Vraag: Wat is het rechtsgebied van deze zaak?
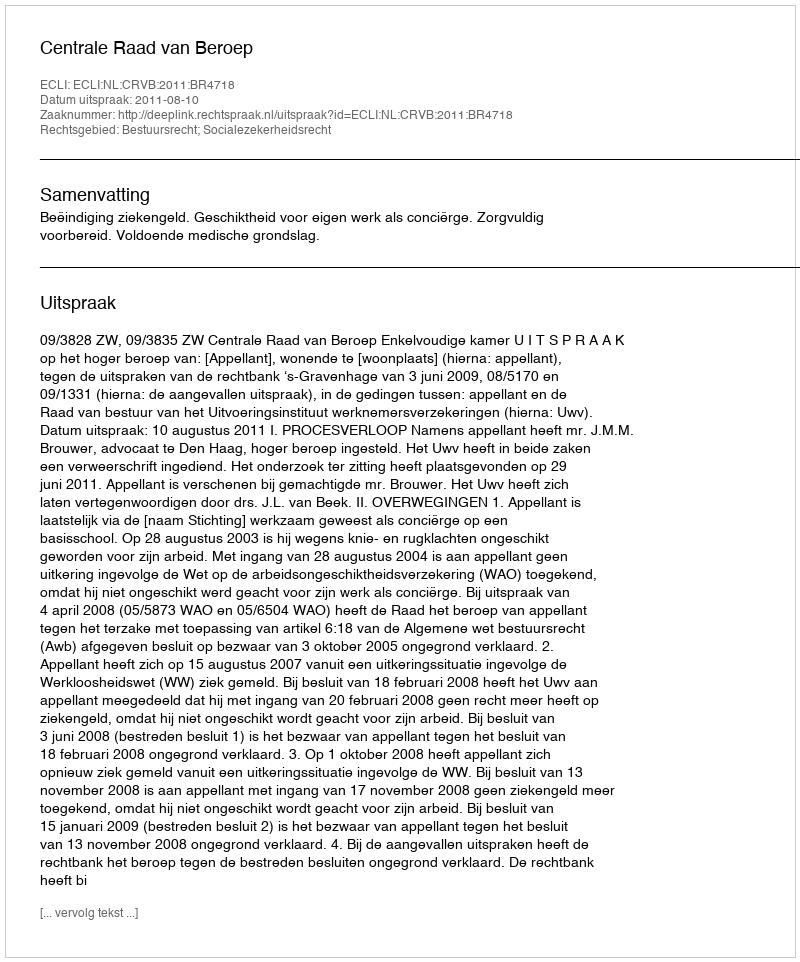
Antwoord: Bestuursrecht; Socialezekerheidsrecht